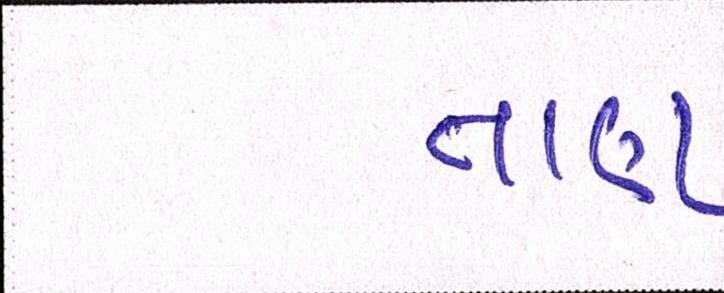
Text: તાણ